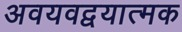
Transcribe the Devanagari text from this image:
अवयवद्वयात्मक